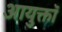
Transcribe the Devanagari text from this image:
आयुक्तॉ